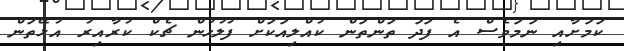
ކަމަށާއި ނަމަވެސް އެ ފަދަ ތަންތަން ކުއްލިއަކަށް ފުލުހުން ޗެކް ކުރާއިރު އުޅޭތަން